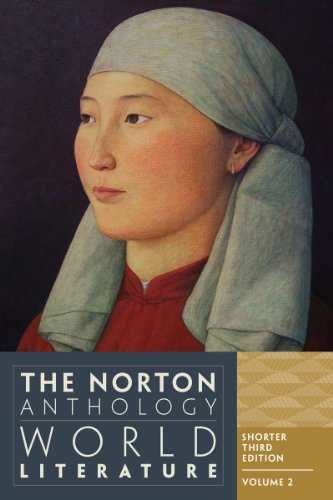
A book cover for The Norton Anthology of World Literature (Shorter Third Edition)  (Vol. 2); Literature & Fiction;